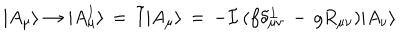
| A _ { \mu } \rangle \to | A _ { \mu } ^ { I } \rangle \, = \, { \mathbf { \tilde { I } } } | A _ { \mu } \rangle \, = \, - { \mathcal I } \, ( f \delta _ { \mu \nu } ^ { \perp } \, - \, g R _ { \mu \nu } ) | A _ { \nu } \rangle